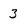
Character: 3